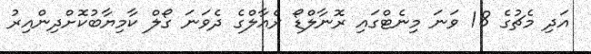
އަދި މެޗުގެ 18 ވަނަ މިނެޓްގައި ރޮނާލްޑޯ ރެއާލްގެ ދެވަނަ ގޯލް ކާމިޔާބުކޮށްދިންއިރު